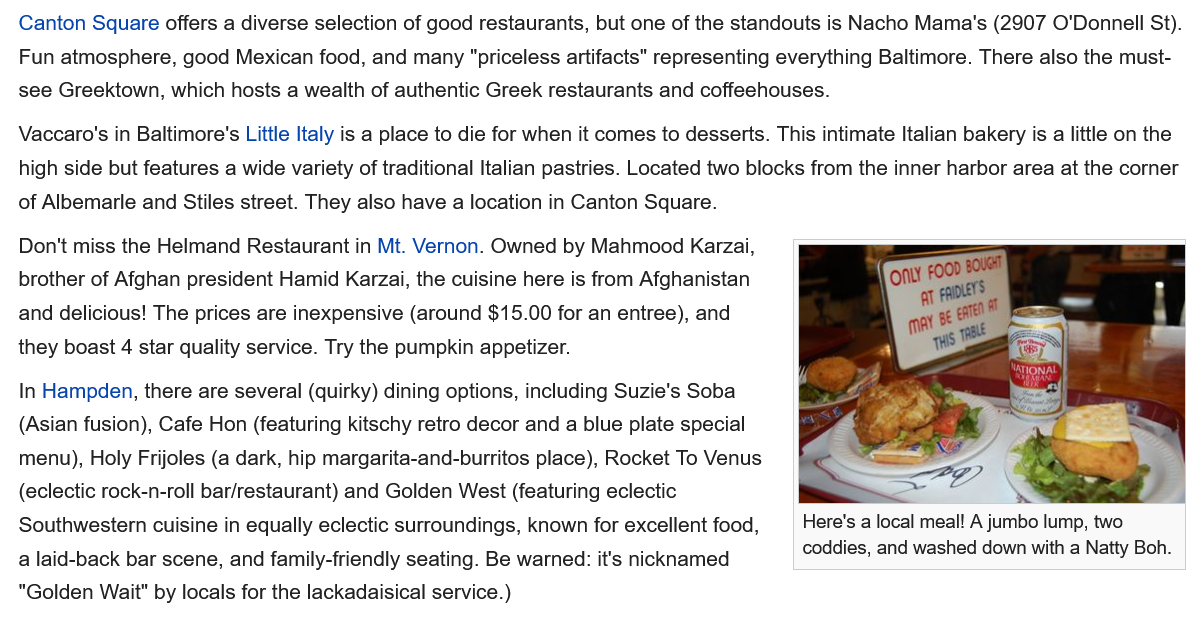
Canton Square offers a diverse selection of good restaurants, but one of the standouts is Nacho Mama's (2907 O'Donnell St).
  Fun atmosphere, good Mexican food, and many "priceless artifacts" representing everything Baltimore. There also the must-
  see Greektown, which hosts a wealth of authentic Greek restaurants and coffeehouses.
  Vaccaro's in Baltimore's Little Italy is a place to die for when it comes to desserts. This intimate Italian bakery is
  a
     little on the
  high side but features a wide variety of traditional Italian pastries. Located two blocks from the inner harbor area at the corner
  of Albemarle and Stiles street. They also have a location in Canton Square.
  Don't miss the Helmand Restaurant in Mt. Vernon. Owned by Mahmood Karzai,
  brother of Afghan president Hamid Karzai, the cuisine here is from Afghanistan
  and delicious! The prices are inexpensive (around $15.00 for an entree), and
  they boast 4 star quality service. Try the pumpkin appetizer.
  In Hampden, there are several (quirky) dining options, including Suzie's Soba
  (Asian fusion), Cafe Hon (featuring kitschy retro decor and a blue plate special
  menu), Holy Frijoles (a dark, hip margarita-and-burritos place), Rocket To Venus
  (eclectic rock-n-roll bar/restaurant) and Golden West (featuring eclectic
  Southwestern cuisine in equally eclectic surroundings, known for excellent food,
  a laid-back bar scene, and family-friendly seating. Be warned: it's nicknamed
  "Golden Wait" by locals for the lackadaisical service.)

     Here's a local meal! A jumbo lump, two
     coddies, and washed down with a Natty Boh.
     Here's a local meal! A jumbo lump, two
     coddies, and washed down with a Natty